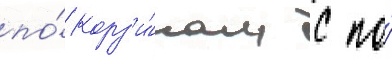
по́ корз'и́нам с по́